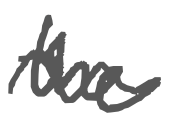
Text: the
Cross-out: wave
Writing tool: digital_gray